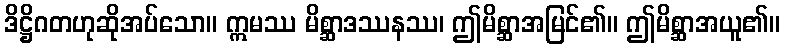
ဒိဋ္ဌိဂတဟုဆိုအပ်သော။ ဣမဿ မိစ္ဆာဒဿနဿ၊ ဤမိစ္ဆာအမြင်၏။ ဤမိစ္ဆာအယူ၏။